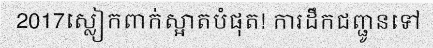
2017ស្លៀកពាក់ស្អាតបំផុត! ការដឹកជញ្ជូនទៅ